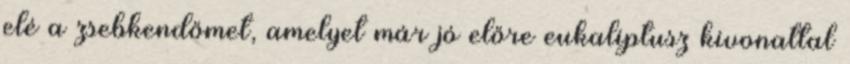
elé a zsebkendőmet, amelyet már jó előre eukaliptusz kivonattal